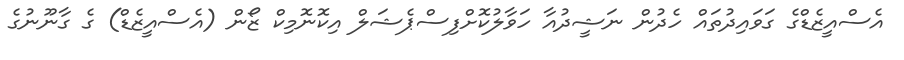
އެސްއީޒެޑްގެ ގަވައިދުތައް ހެދުން ނަޝީދުއާ ހަވާލުކޮށްފިސްޕެޝަލް އިކޮނޮމިކް ޒޯން (އެސްއީޒެޑް) ގެ ގާނޫނުގެ